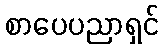
စာပေပညာရှင်